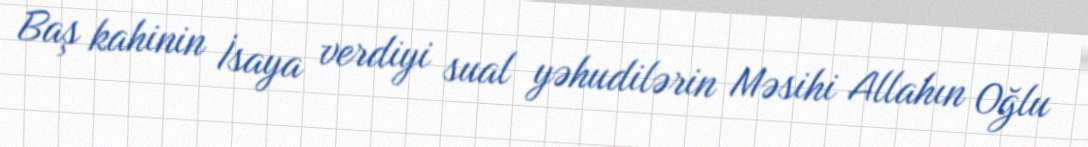
Baş kahinin İsaya verdiyi sual yəhudilərin Məsihi Allahın Oğlu